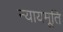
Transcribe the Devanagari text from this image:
न्यायमूति